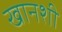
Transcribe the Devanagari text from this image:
खानशी